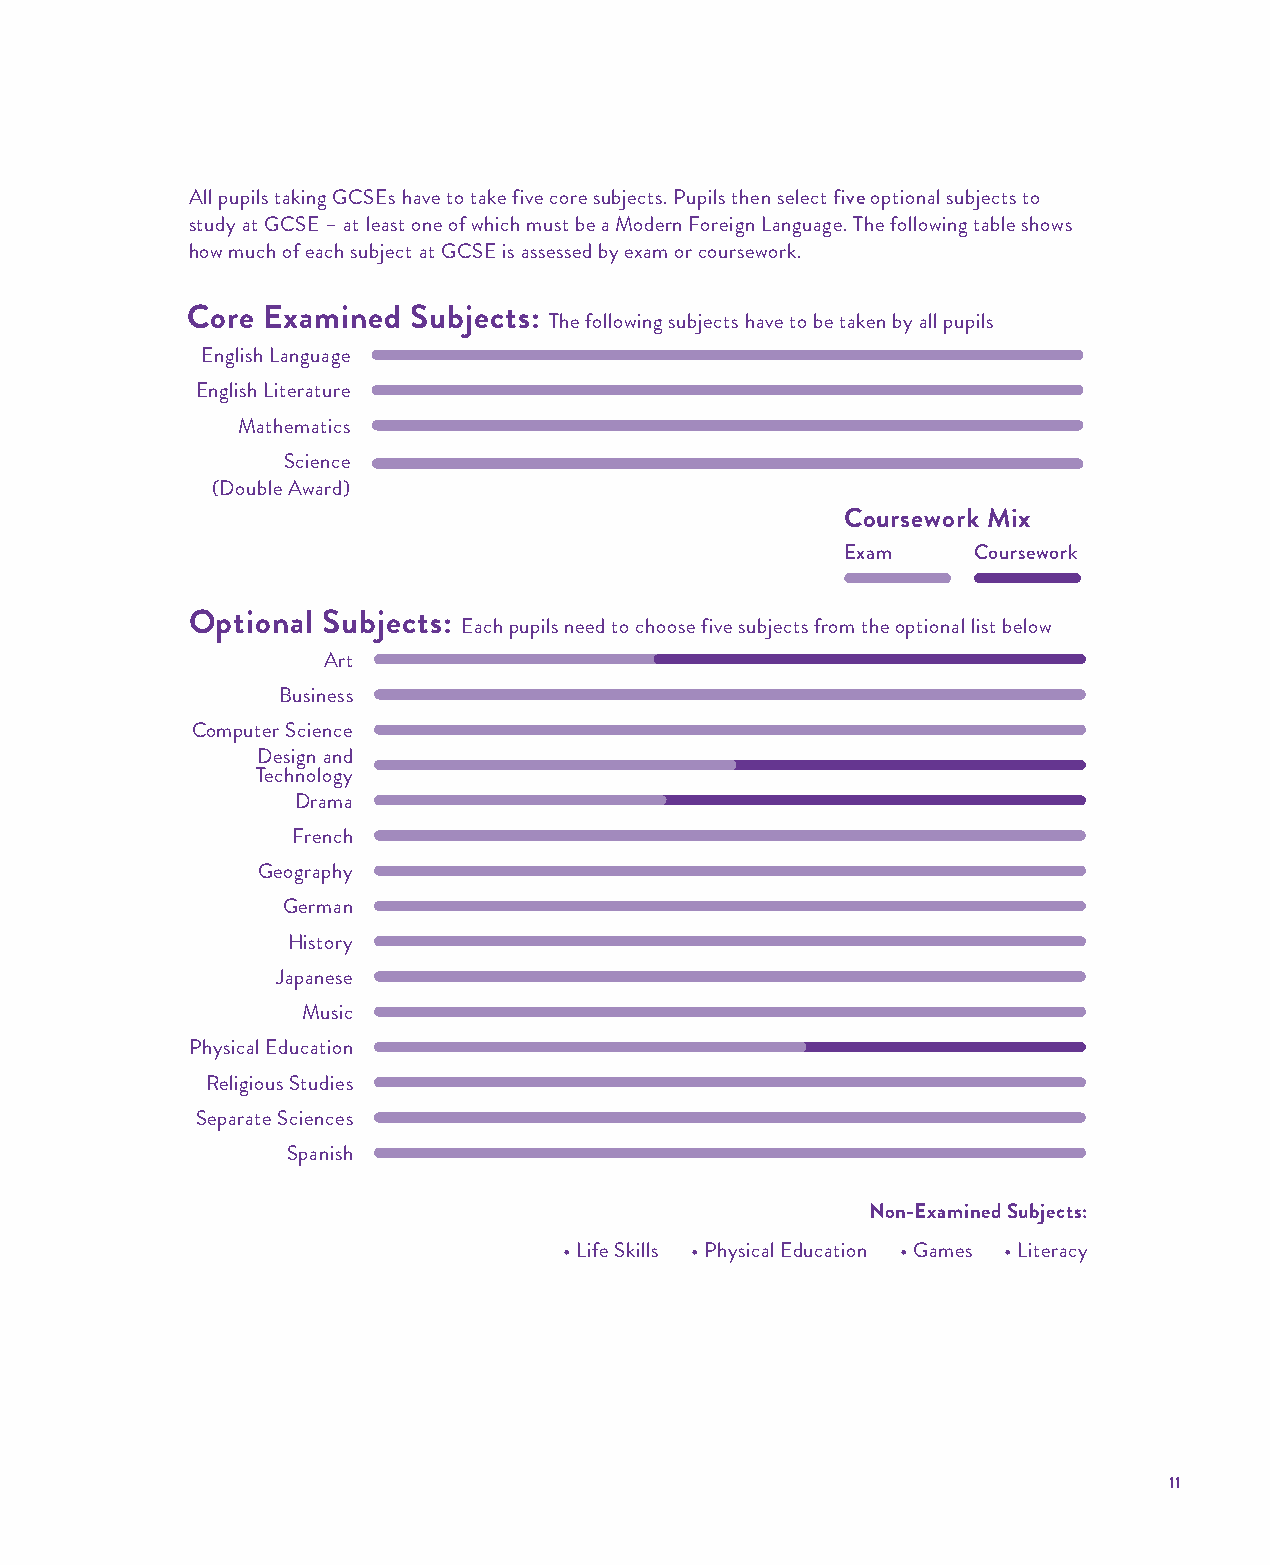
All pupils taking GCSEs have to take five core subjects. Pupils then select five optional subjects to
 study at GCSE – at least one of which must be a Modern Foreign Language. The following table shows
 how much of each subject at GCSE is assessed by exam or coursework.
 Core  Examined Subjects:
 The following subjects have to be taken by all pupils
 English Language
 English Literature
 Mathematics
 Science
 (Double Award)
 Coursework Mix
 Exam     Coursework
 Optional Subjects:
 Each pupils need to choose five subjects from the optional list below
 Art
 Business
 Computer Science
 Design and
 Technology
 Drama
 French
 Geography
 German
 History
 Japanese
 Music
 Physical Education
 Religious Studies
 Separate Sciences
 Spanish
 Non-Examined Subjects:
 • Life Skills • Physical Education • Games • Literacy
 11
 WWYYCC//006600 99--1111 FFoorrmm GGuuiiddee 22002222 AAWW..iinndddd 1111  1122//0088//22002211 1144::4499